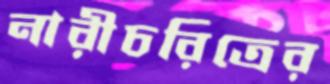
নারীচরিত্রের